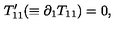
T _ { 1 1 } ^ { \prime } ( \equiv \partial _ { 1 } T _ { 1 1 } ) = 0 ,